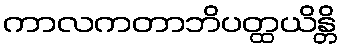
ကာလကတာဘိပတ္ထယိန္တိ